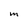
Character: m